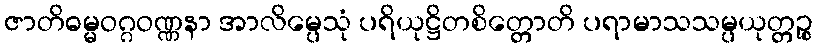
ဇာတိဓမ္မဝဂ္ဂဝဏ္ဏနာ အာလိမ္ပေသုံ ပရိယုဋ္ဌိတစိတ္တောတိ ပရာမာသသမ္ပယုတ္တဉ္စ